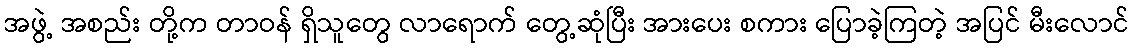
အဖွဲ့ အစည်း တို့က တာဝန် ရှိသူတွေ လာရောက် တွေ့ဆုံပြီး အားပေး စကား ပြောခဲ့ကြတဲ့ အပြင် မီးလောင်